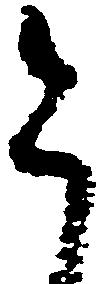
今